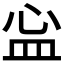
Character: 𬐘